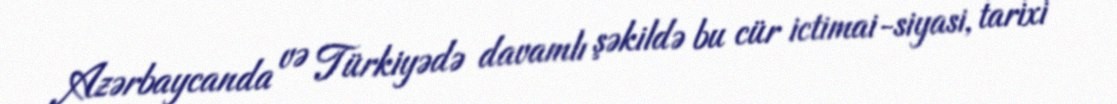
Azərbaycanda və Türkiyədə davamlı şəkildə bu cür ictimai-siyasi, tarixi